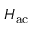
H _ { \mathrm { a c } }